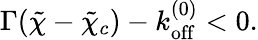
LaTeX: \begin{array}{r}{\Gamma(\tilde{\chi}-\tilde{\chi}_{c})-k_{\mathrm{off}}^{(0)}<0.}\end{array}